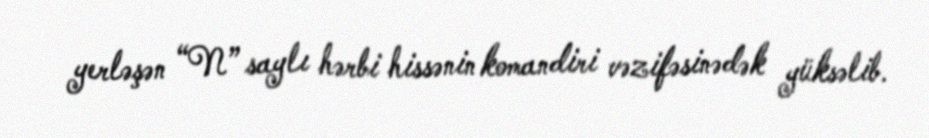
yerləşən “N” saylı hərbi hissənin komandiri vəzifəsinədək yüksəlib.